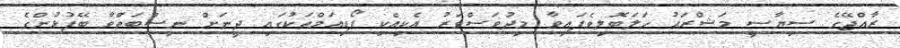
ރާއްޖޭގެ ސިޔާސީ މަޝްރަޙު ހަލަބޮލިވެފައިވާ މިދުވަސްވަރު އެކިއެކި ޕޯޑިއަމްތަކުގައި ދީނަށް ނިސްބަތްވާ ބޭފުޅުންގެ